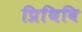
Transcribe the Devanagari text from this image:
प्रिथिवि